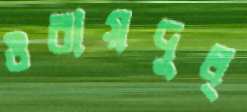
ওবায়দুল্